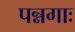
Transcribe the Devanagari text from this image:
पन्नगाः